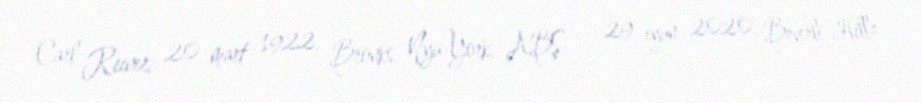
Carl Reiner; 20 mart 1922, Bronks, Nyu-York, ABŞ — 29 iyun 2020, Beverli-Hillz,